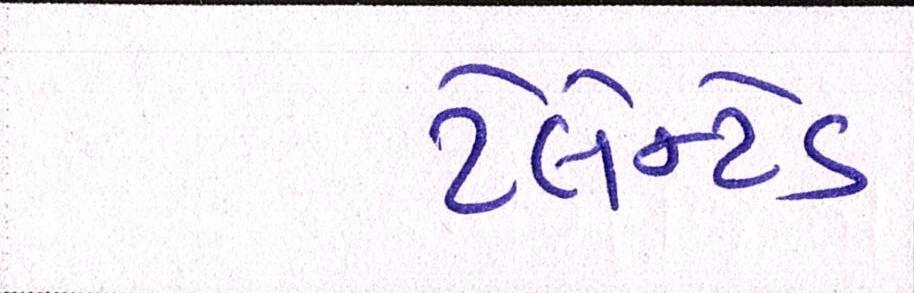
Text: ટેલેન્ટેડ